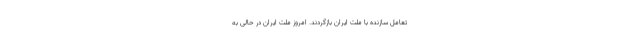
تعاملِ سازنده با ملت ایران بازگردند. امروز ملّت ایران در حالی به